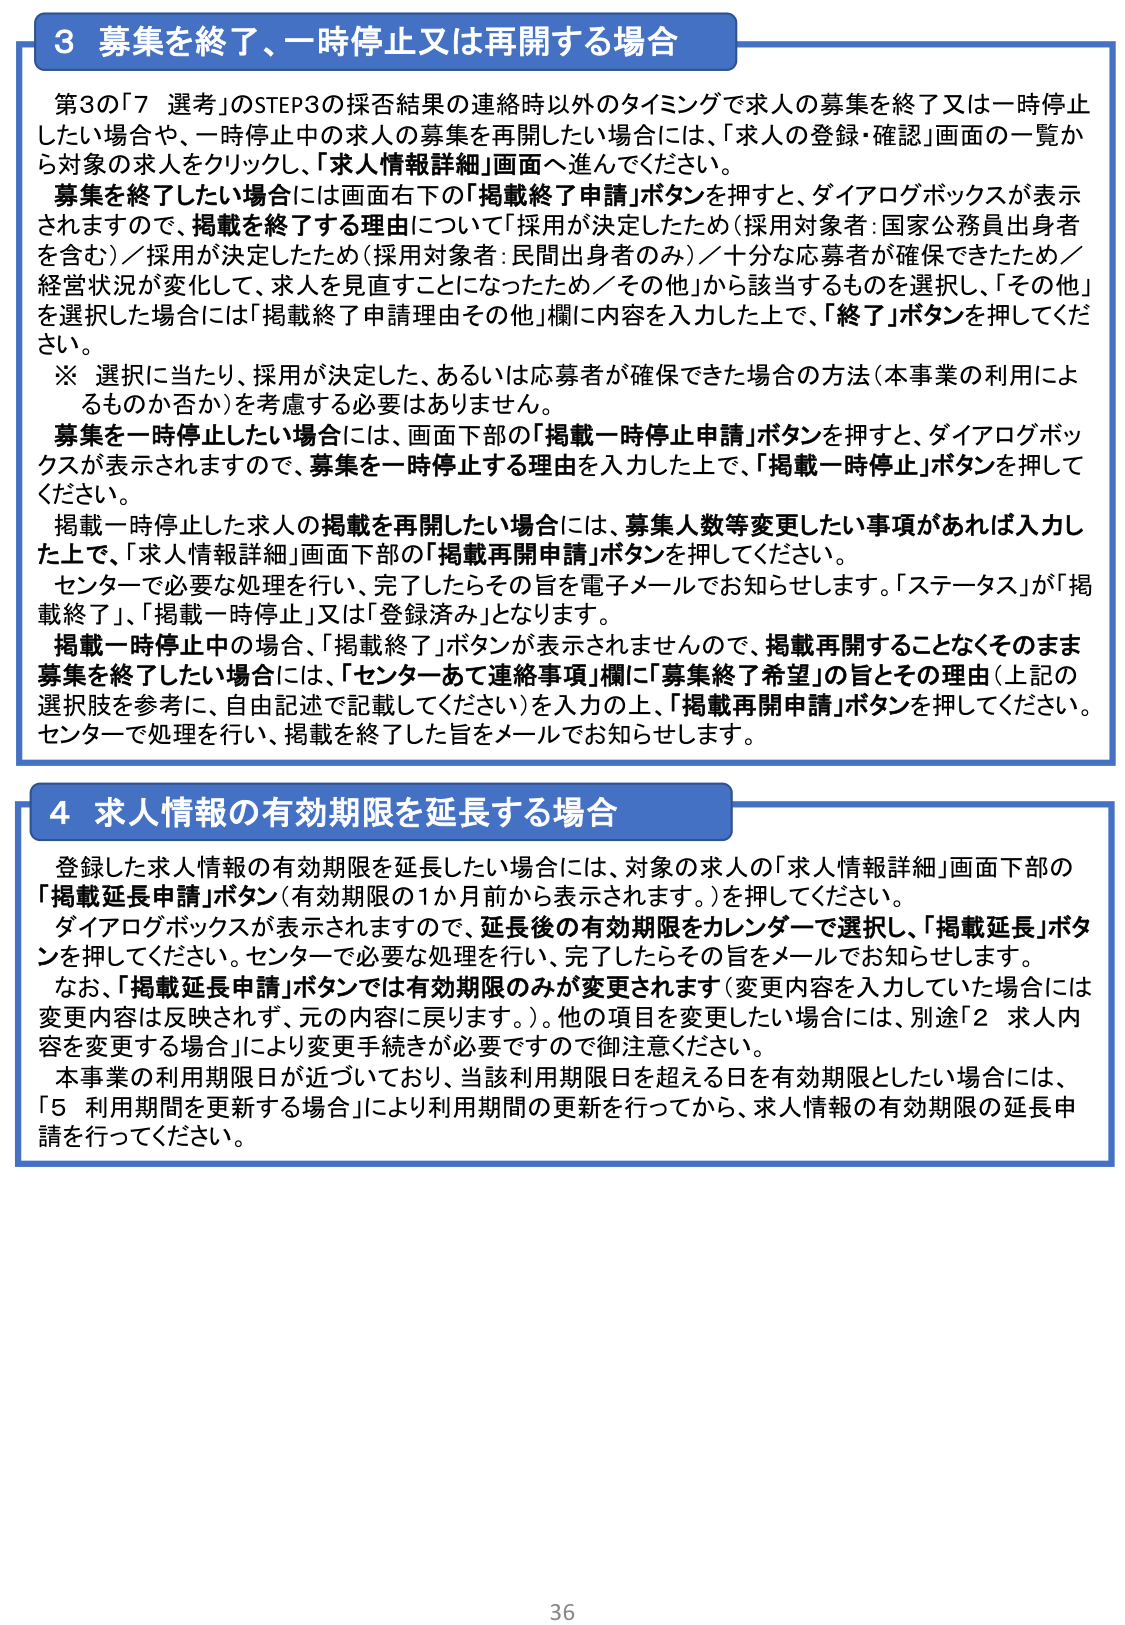
3 募集を終了、一時停止又は再開する場合

第3の「7 選考」のSTEP3の採否結果の連絡時以外のタイミングで求人の募集を終了又は一時停止したい場合や、一時停止中の求人の募集を再開したい場合には、「求人の登録・確認」画面の一覧から対象の求人をクリックし、「求人情報詳細」画面へ進んでください。

募集を終了したい場合には画面右下の「掲載終了申請」ボタンを押すと、ダイアログボックスが表示されますので、掲載を終了する理由について「採用が決定したため（採用対象者：国家公務員出身者を含む）／採用が決定したため（採用対象者：民間出身者のみ）／十分な応募者が確保できたため／経営状況が変化して、求人を見直すことになったため／その他」から該当するものを選択し、「その他」を選択した場合には「掲載終了申請理由その他」欄に内容を入力した上で、「終了」ボタンを押してください。

※ 選択に当たり、採用が決定した、あるいは応募者が確保できた場合の方法（本事業の利用によるものか否か）を考慮する必要はありません。

募集を一時停止したい場合には、画面下部の「掲載一時停止申請」ボタンを押すと、ダイアログボックスが表示されますので、募集を一時停止する理由を入力した上で、「掲載一時停止」ボタンを押してください。

掲載一時停止した求人の掲載を再開したい場合には、募集人数等変更したい事項があれば入力した上で、「求人情報詳細」画面下部の「掲載再開申請」ボタンを押してください。

センターで必要な処理を行い、完了したらその旨を電子メールでお知らせします。「ステータス」が「掲載終了」、「掲載一時停止」又は「登録済み」となります。

掲載一時停止中の場合、「掲載終了」ボタンが表示されませんので、掲載再開することなくそのまま募集を終了したい場合には、「センターあて連絡事項」欄に「募集終了希望」の旨とその理由（上記の選択肢を参考に、自由記述で記載してください）を入力の上、「掲載再開申請」ボタンを押してください。センターで処理を行い、掲載を終了した旨をメールでお知らせします。

4 求人情報の有効期限を延長する場合

登録した求人情報の有効期限を延長したい場合には、対象の求人の「求人情報詳細」画面下部の「掲載延長申請」ボタン（有効期限の1か月前から表示されます。）を押してください。

ダイアログボックスが表示されますので、延長後の有効期限をカレンダーで選択し、「掲載延長」ボタンを押してください。センターで必要な処理を行い、完了したらその旨をメールでお知らせします。

なお、「掲載延長申請」ボタンでは有効期限のみが変更されます（変更内容を入力していた場合には変更内容は反映されず、元の内容に戻ります。）。他の項目を変更したい場合には、別途「2 求人内容を変更する場合」により変更手続きが必要ですので御注意ください。

本事業の利用期限日が近づいており、当該利用期限日を超える日を有効期限とした場合には、「5 利用期間を更新する場合」により利用期間の更新を行ってから、求人情報の有効期限の延長申請を行ってください。

36